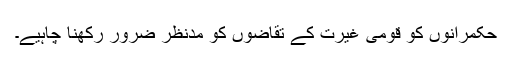
حکمرانوں کو قومی غیرت کے تقاضوں کو مدنظر ضرور رکھنا چاہیے۔